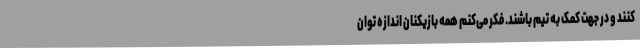
کنند و در جهت کمک به تیم باشند. فکر می‌کنم همه بازیکنان اندازه توان